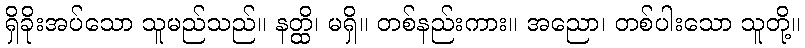
ရှိခိုးအပ်သော သူမည်သည်။ နတ္ထိ၊ မရှိ။ တစ်နည်းကား။ အညော၊ တစ်ပါးသော သူတို့။